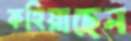
কহিয়াছেন